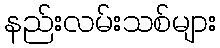
နည်းလမ်းသစ်များ